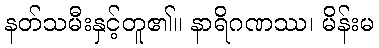
နတ်သမီးနှင့်တူ၏။ နာရိဂဏဿ၊ မိန်းမ